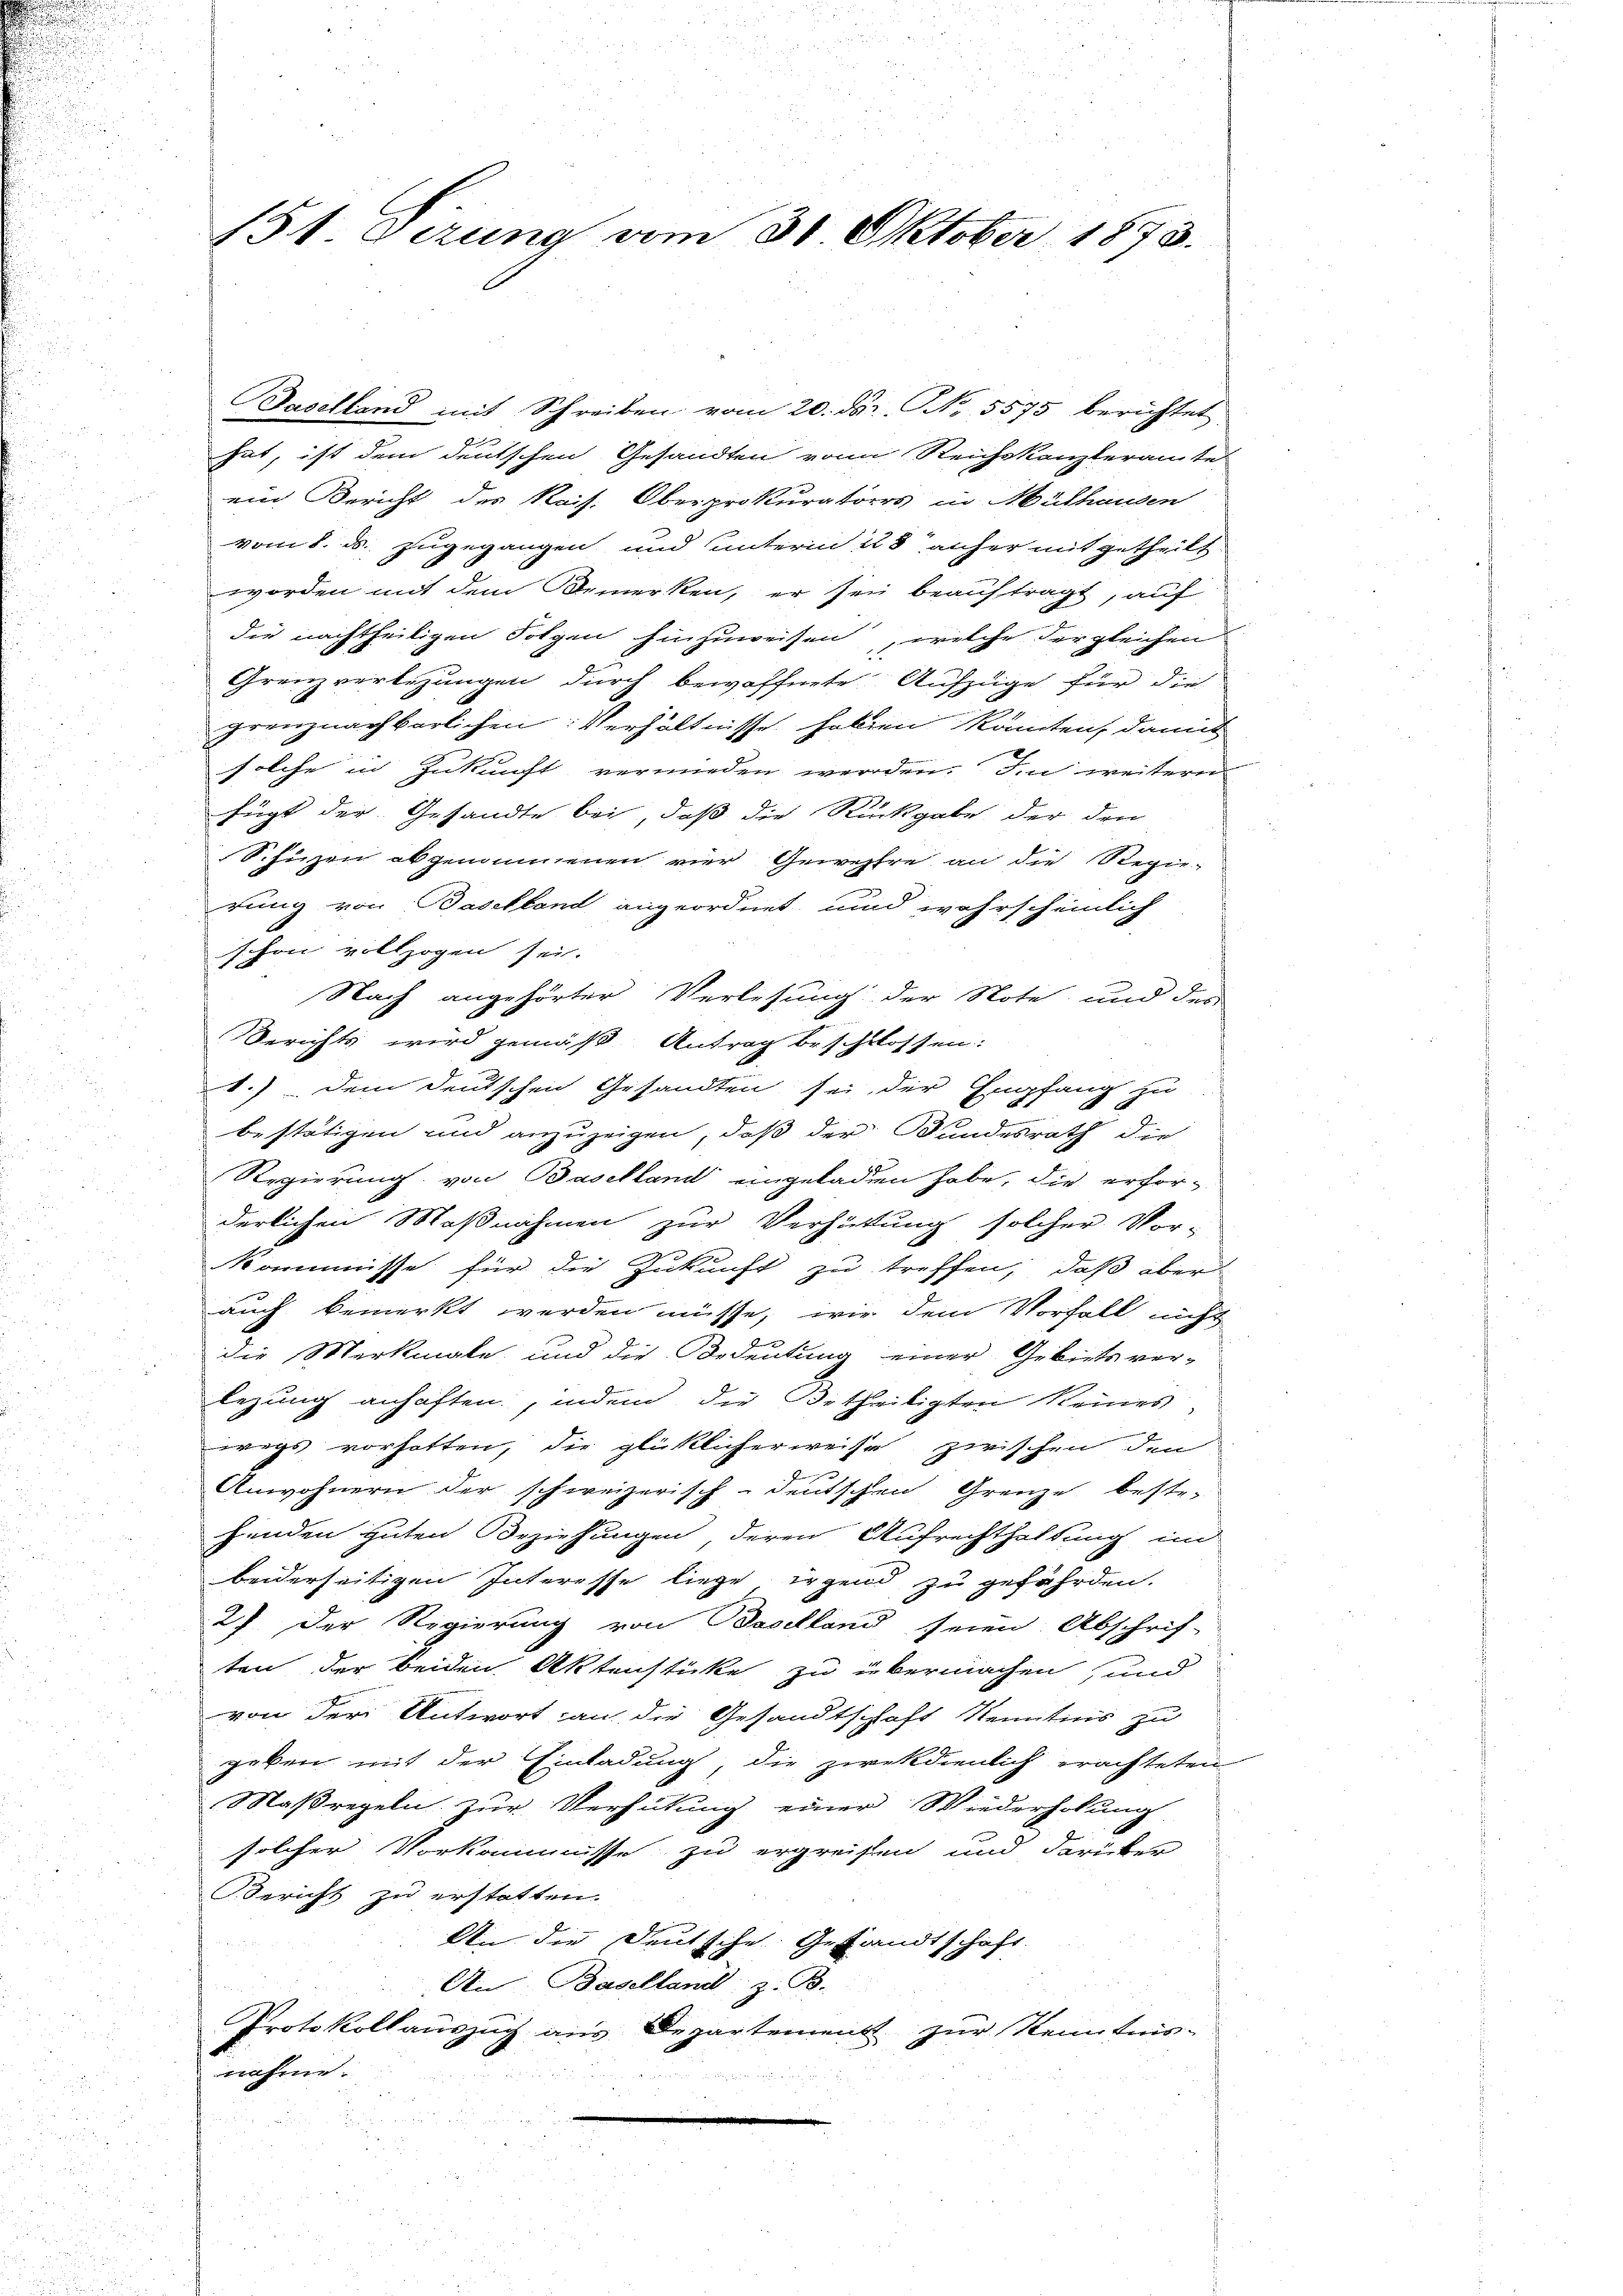
Daselland mit Schreiben vom 20. ds NNo. 5575 berichtet
hat, ist dem deutschen Gesandten von Reichskanzleramte
ein Gericht des Kais. Oberprokurators in Mülhausen
vom 8. ds. zugegangen und unterm 28 anher mit getheilt
worden mit dem Bemerken, er sey beauftragt, auf
die nachtheiligen Folgen hinzuweisen, welche der gleichen
Grenzverlegungen durch bewaffnete Aufzüge für die
grenznachbarlichen: Verhältnisse haben könnten, damit
solche in Zukunft vermieden werden. Im weiteren
fügt der Gesandte bei, daß die Rückgabe der den
Schüzen abgenommenen vier Gewehre an die Regierung von Baselland angeordnet, und wahrscheinlich
schon vollzogen sei.
Nach angehörter Verlesung der Note und der
Berichts wird gemäß Antrag beschlossen:
.) dem deutschen Gesandten sei, der Empfang zu
bestätigen und anzuzeigen, daß der Bundesrath die
Regierung von Baselland eingeladen habe, die erfor-
derlichen Maßnahmen zur Verhütung solcher Vor-
Kommisse für die Zukunft zu treffen, daß aber
auch bemerkt werden müsse, wir dem Vorfall nicht
die Merkigte und die Bedeutung einer Gebiets ver-
lezung anhaften, indem die Betheiligten keines
wegs vorhatten, die glücklicherweise zwischen den
Anwohnern der schweizerisch-deutschen Grenze bestr.
henden guten Beziehungen, deren Aufrechthaltung im
beiderseitigen Interesse liege irgend zu gefährden.
2). Der Regierung von Baselland seien Abschrif-
ten der beiden Aktenstücke zu übermachen, und
von der Antwort an die Gesandtschaft Kenntnis zu
geben mit der Einladung, die zwekdienlich erachteten
Maßregeln zur Verhütung einer Wiederholung
solcher Vorkommisse zu ergreifen und darüber
Bericht zu erstatten.
An die Deutsche Gesandtschaft.
An Baselland; z. B.
Protokollauszug aus Departement zur Kenntnis-
nahme.

151. Dezung vom 31. Oktober 1873.